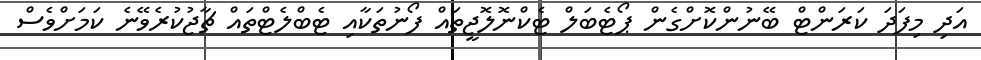
އަދި މިފަދަ ކަރަންޓް ބޭނުންކޮށްގެން ޕޯޓެބަލް ޓެކްނޮލޮޖީތައް ފޯނުތަކާއި ޓެބްލެޓްތައް ޗާޖުކުރެވޭނެ ކަމަށްވެސް